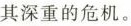
其深重的危机。